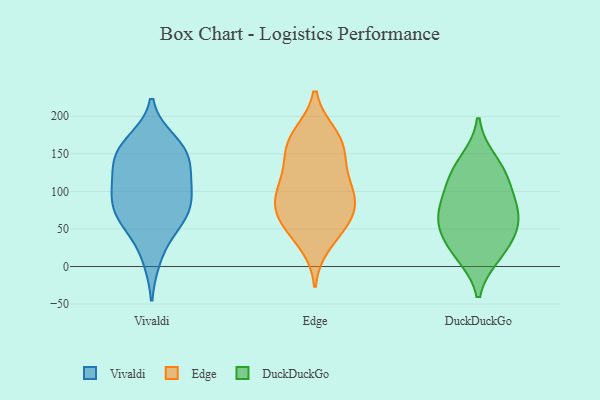
{"axis": {"x": "Humidity (%)", "y": "Value"}, "legend": ["DuckDuckGo", "Edge", "Vivaldi"], "data": [{"x": "", "y": 12, "type": "Vivaldi"}, {"x": "", "y": 67, "type": "Vivaldi"}, {"x": "", "y": 100, "type": "Vivaldi"}, {"x": "", "y": 106, "type": "Vivaldi"}, {"x": "", "y": 166, "type": "Vivaldi"}, {"x": "", "y": 156, "type": "Vivaldi"}, {"x": "", "y": 151, "type": "Vivaldi"}, {"x": "", "y": 116, "type": "Vivaldi"}, {"x": "", "y": 94, "type": "Vivaldi"}, {"x": "", "y": 66, "type": "Vivaldi"}, {"x": "", "y": 140, "type": "Vivaldi"}, {"x": "", "y": 72, "type": "Vivaldi"}, {"x": "", "y": 149, "type": "Vivaldi"}, {"x": "", "y": 54, "type": "Vivaldi"}, {"x": "", "y": 150, "type": "Edge"}, {"x": "", "y": 56, "type": "Edge"}, {"x": "", "y": 123, "type": "Edge"}, {"x": "", "y": 163, "type": "Edge"}, {"x": "", "y": 30, "type": "Edge"}, {"x": "", "y": 153, "type": "Edge"}, {"x": "", "y": 106, "type": "Edge"}, {"x": "", "y": 69, "type": "Edge"}, {"x": "", "y": 112, "type": "Edge"}, {"x": "", "y": 80, "type": "Edge"}, {"x": "", "y": 176, "type": "Edge"}, {"x": "", "y": 49, "type": "Edge"}, {"x": "", "y": 93, "type": "Edge"}, {"x": "", "y": 71, "type": "Edge"}, {"x": "", "y": 176, "type": "Edge"}, {"x": "", "y": 89, "type": "Edge"}, {"x": "", "y": 86, "type": "DuckDuckGo"}, {"x": "", "y": 79, "type": "DuckDuckGo"}, {"x": "", "y": 16, "type": "DuckDuckGo"}, {"x": "", "y": 61, "type": "DuckDuckGo"}, {"x": "", "y": 46, "type": "DuckDuckGo"}, {"x": "", "y": 115, "type": "DuckDuckGo"}, {"x": "", "y": 141, "type": "DuckDuckGo"}, {"x": "", "y": 121, "type": "DuckDuckGo"}, {"x": "", "y": 20, "type": "DuckDuckGo"}, {"x": "", "y": 58, "type": "DuckDuckGo"}]}